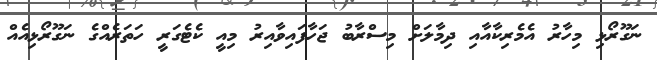
ނަގޫރޯޅި މިހާރު އެމެރިކާއާއި ދިމާލަށް މިސްރާބު ޖަހާފައިވާއިރު މިއީ ކެޓެގަރީ ހަތަރެއްގެ ނަގޫރޯޅިއެއް